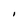
Character: I